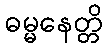
ဓမ္မနေတ္တိ